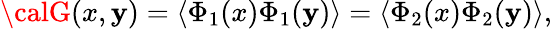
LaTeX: {\calG}(x,\mathbf{y})=\langle\Phi_{1}(x)\Phi_{1}(\mathbf{y})\rangle=\langle\Phi_{2}(x)\Phi_{2}(\mathbf{y})\rangle,